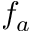
f _ { a }